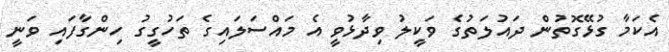
އެކަމާ ގުޅޭގޮތުން ދައުލަތުގެ ވަކީލު ވިދާޅުވީ އެ މައްސަލައިގެ ތަހުގީގު ހިންގާފައި ވަނީ